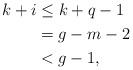
LaTeX: \begin{align*}k+i &\leq k+q-1 \\&= g-m-2\\&< g-1,\end{align*}